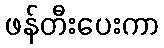
ဖန်တီးပေးကာ